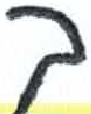
אות: ך